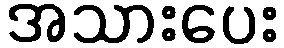
အသားပေး